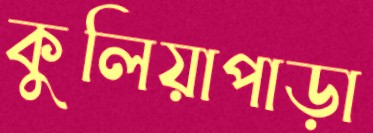
কুলিয়াপাড়া